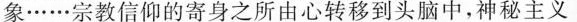
象……宗教信仰的寄身之所由心转移到头脑中，神秘主义